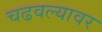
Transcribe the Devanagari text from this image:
चढवल्यावर